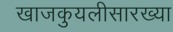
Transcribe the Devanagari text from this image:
खाजकुयलीसारख्या